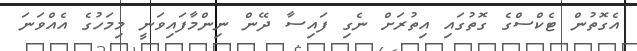
އެގޮތުން ޓެކްސްގެ ގޮތުގައި އިތުރަށް ނެގި ފައިސާ ދޭން ނިންމާފައިވަނީ މިމަހުގެ އެއްވަނަ